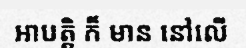
អាបត្តិ ក៏ មាន នៅលើ